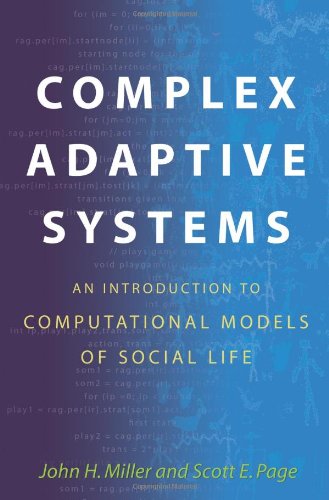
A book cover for Complex Adaptive Systems: An Introduction to Computational Models of Social Life (Princeton Studies in Complexity); John H. Miller; Science & Math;